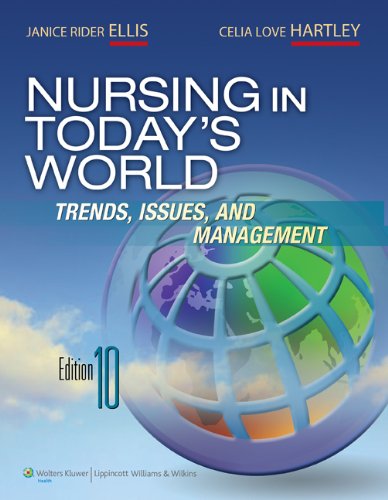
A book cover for Nursing in Today's World; Dr. Janice Rider Ellis RN  PhD  ANEF; Medical Books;